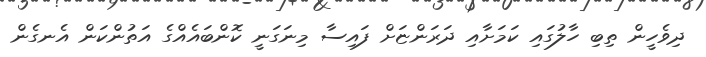
ދިވެހީން ތިބި ހާލުގައި ކަމަށާއި ދަރަންޏަށް ފައިސާ މިނަގަނީ ކޮންބައެއްގެ އަތުންކަން އެނގެން